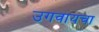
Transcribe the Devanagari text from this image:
उगवायचा